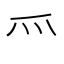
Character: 𱬴